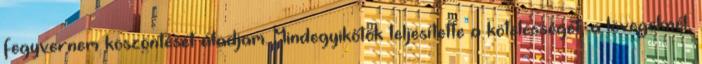
fegyvernem köszöntését átadjam. Mindegyikőtök teljesítette a kötelességét, a lövegeknél,